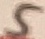
Text: 5